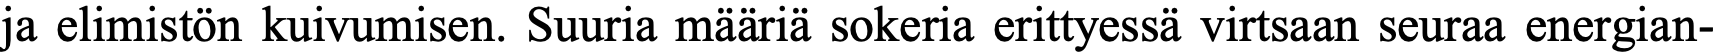
ja elimistön kuivumisen. Suuria määriä sokeria erittyessä virtsaan seuraa energian-